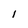
Character: l